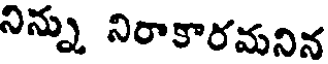
నిన్ను నిరాకారమనిన